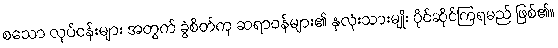
စသော လုပ်ငန်းများ အတွက် ခွဲစိတ်ကု ဆရာဝန်များ၏ နှလုံးသားမျိုး ပိုင်ဆိုင်ကြရမည် ဖြစ်၏။